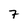
Character: 7